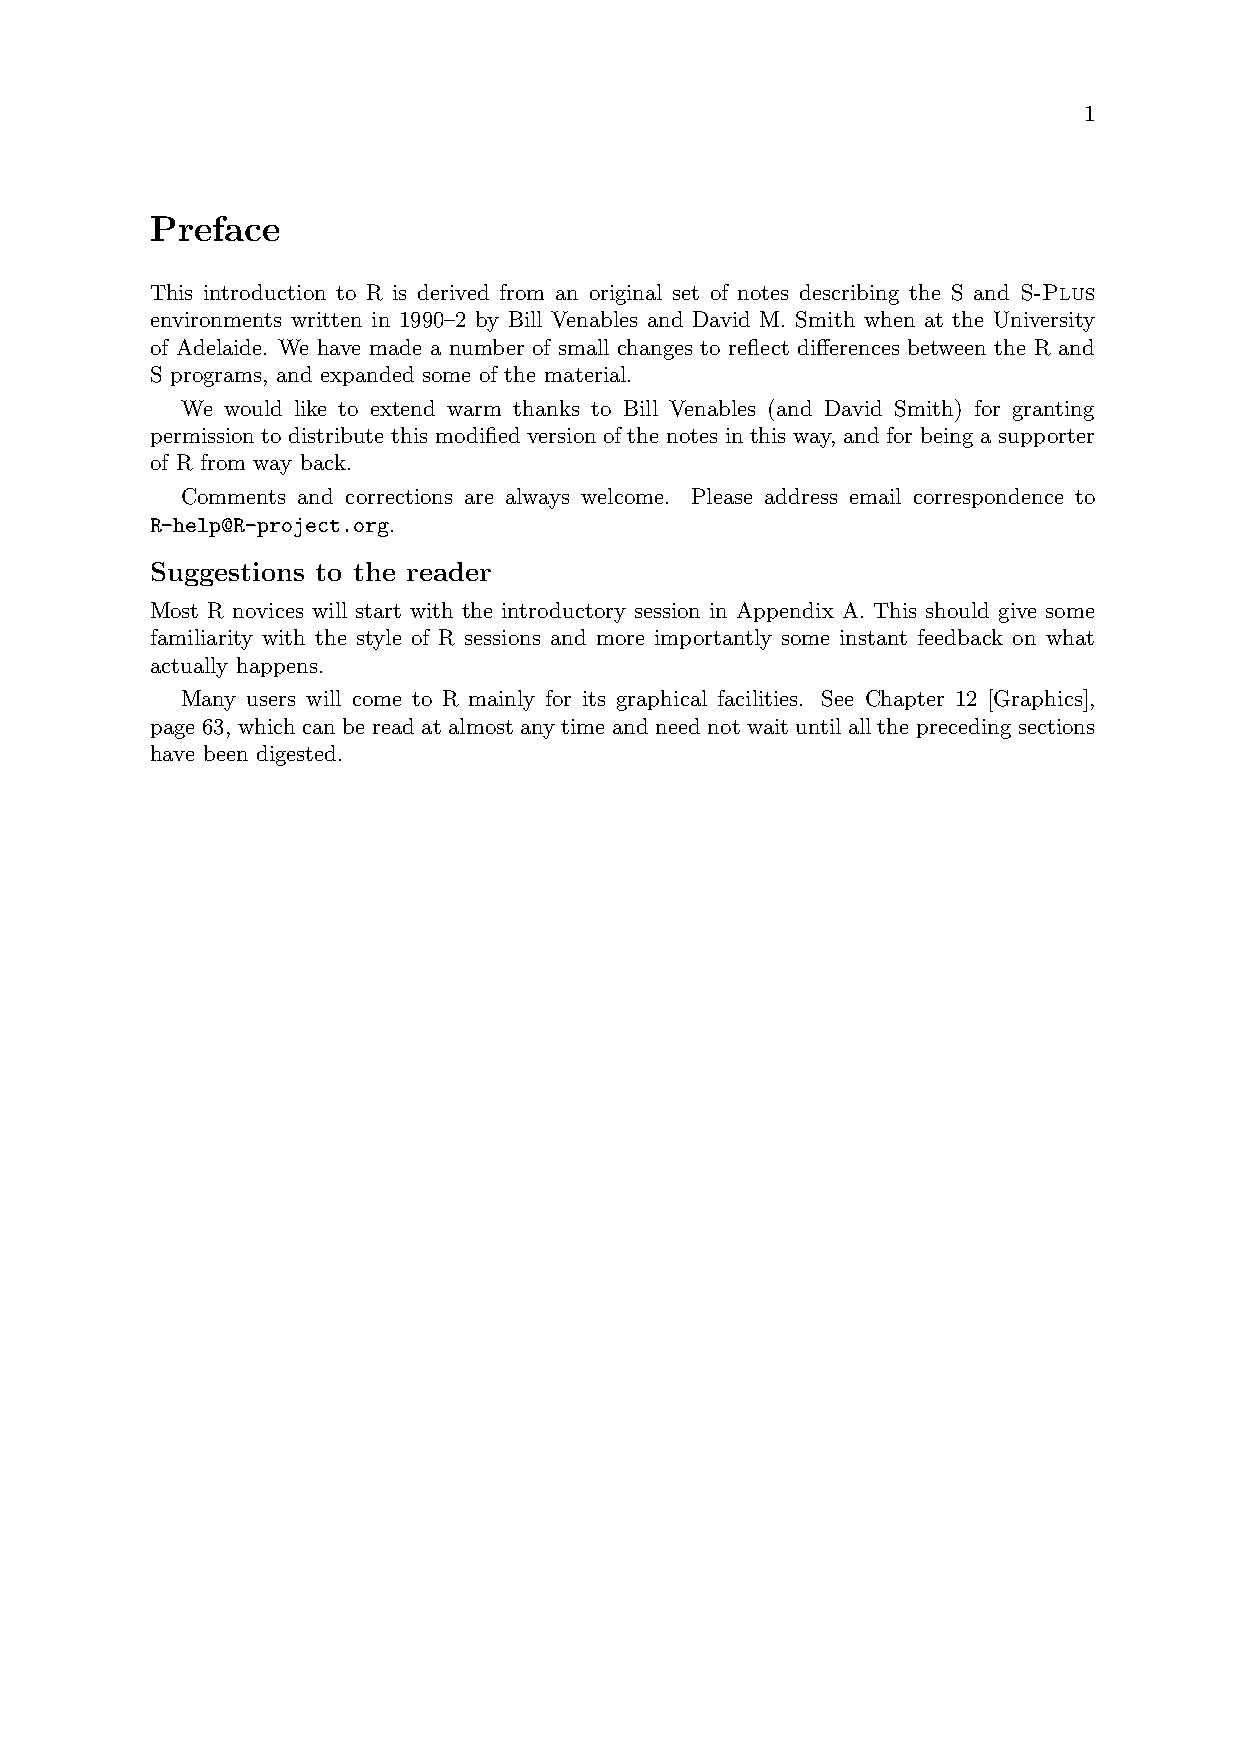
1
 Preface
 This introduction to R is derived from an original set of notes describing the S and S-Plus
 environments written in 1990–2 by Bill Venables and David M. Smith when at the University
 of Adelaide. We have made a number of small changes to reflect differences between the R and
 S programs, and expanded some of the material.
 We would like to extend warm thanks to Bill Venables (and David Smith) for granting
 permission to distribute this modified version of the notes in this way, and for being a supporter
 of R from way back.
 Comments and corrections are always welcome. Please address email correspondence to
 R-help@R-project.org.
 Suggestions to the reader
 Most R novices will start with the introductory session in Appendix A. This should give some
 familiarity with the style of R sessions and more importantly some instant feedback on what
 actually happens.
 Many users will come to R mainly for its graphical facilities. See Chapter 12 [Graphics],
 page 63, which can be read at almost any time and need not wait until all the preceding sections
 have been digested.